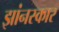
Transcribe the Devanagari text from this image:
झांनस्कार